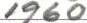
1960